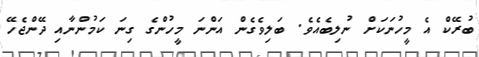
ބުރޭކް އެ މީހުނަކަށް ނުލިބެއެވެ. ބަލިވެގެން އަންނަ މީހުންގެ ގިނަ ކަމުންނާއި ދޭންޖެހޭ